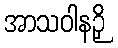
အာသဝါနဉှိ